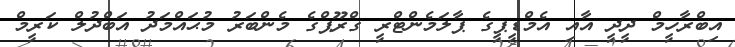
އިބްރާހީމް ދީދީ އާއި އެމްޑީޕީގެ ޕާލަމެންޓްރީ ގްރޫޕްގެ މެންބަރު މުޙައްމަދު އަބްދުލް ކަރީމް